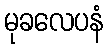
မုခလေပနံ